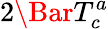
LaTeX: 2\Bar{T}_{c}^{a}